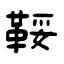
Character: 鞖